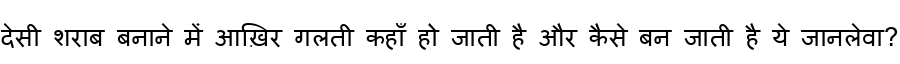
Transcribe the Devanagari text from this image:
देसी शराब बनाने में आख़िर गलती कहाँ हो जाती है और कैसे बन जाती है ये जानलेवा?